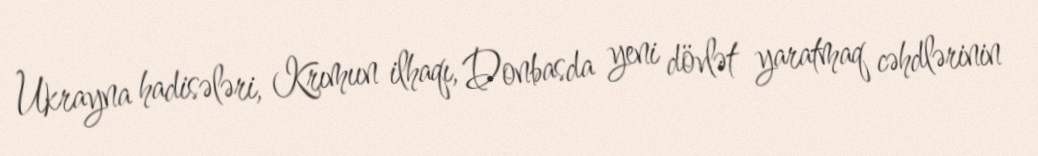
Ukrayna hadisələri, Krımıın ilhaqı, Donbasda yeni dövlət yaratmaq cəhdlərinin